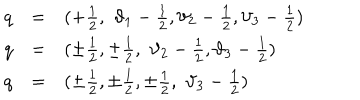
\begin{array} { l l l } { { q } } & { { = } } & { { ( + \frac { 1 } { 2 } , \, \, \vartheta _ { 1 } - \frac { 1 } { 2 } , \vartheta _ { 2 } - \frac { 1 } { 2 } , \vartheta _ { 3 } - \frac { 1 } { 2 } ) } } \\ { { q } } & { { = } } & { { ( \pm \frac { 1 } { 2 } , \pm \frac { 1 } { 2 } , \, \, \vartheta _ { 2 } - \frac { 1 } { 2 } , \vartheta _ { 3 } - \frac { 1 } { 2 } ) } } \\ { { q } } & { { = } } & { { ( \pm \frac { 1 } { 2 } , \pm \frac { 1 } { 2 } , \pm \frac { 1 } { 2 } , \, \, \vartheta _ { 3 } - \frac { 1 } { 2 } ) } } \\ \end{array}